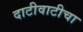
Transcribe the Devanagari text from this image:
दाटीवाटीचा